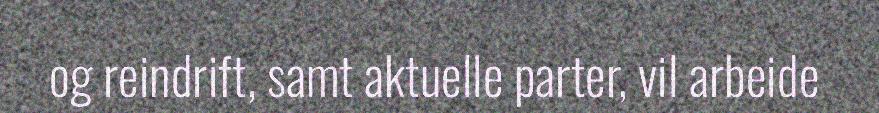
og reindrift, samt aktuelle parter, vil arbeide